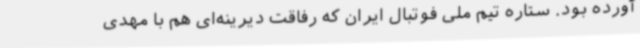
آورده بود. ستاره تیم ملی فوتبال ایران که رفاقت دیرینه‌ای هم با مهدی